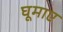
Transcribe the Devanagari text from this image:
घूमाए